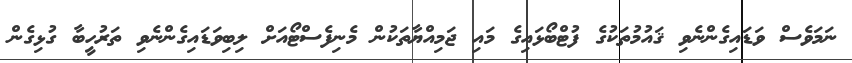
ނަމަވެސް ވަޑައިގެންނެވި ޤައުމުތަކުގެ ފުޓްބޯޅައިގެ މައި ޖަމިއްޔާތަކުން މެނިފެސްޓޯއަށް ލިބިވަޑައިގެންނެވި ތަރުހީބާ ގުޅިގެން